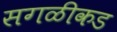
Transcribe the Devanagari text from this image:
सगळीकड